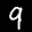
Label: 9